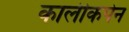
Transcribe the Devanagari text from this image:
कालीकपेन